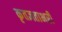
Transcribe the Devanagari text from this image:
कृतज्ञताभरी